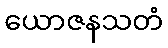
ယောဇနသတံ